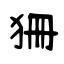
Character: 狦